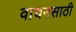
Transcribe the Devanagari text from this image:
वाचनसाठी